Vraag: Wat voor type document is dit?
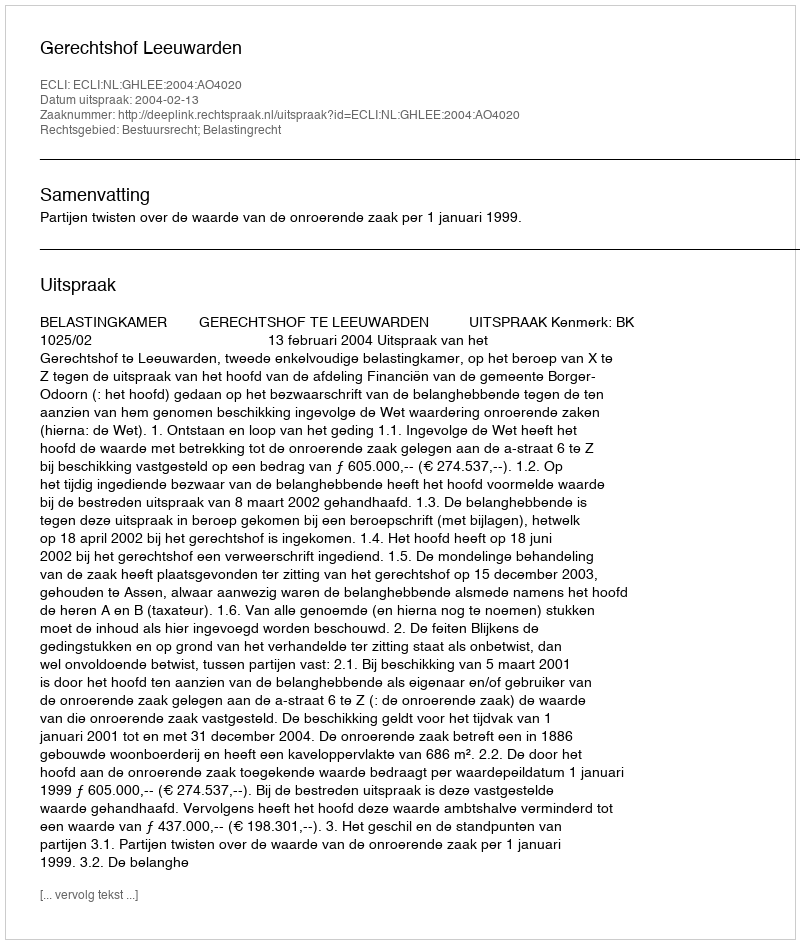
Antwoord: Uitspraak